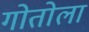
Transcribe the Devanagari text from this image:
गोतोला